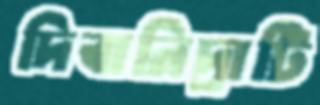
দিবানিদ্রাটি